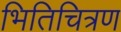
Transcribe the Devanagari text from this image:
भितिचित्रण